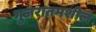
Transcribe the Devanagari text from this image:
गुजरातमशील